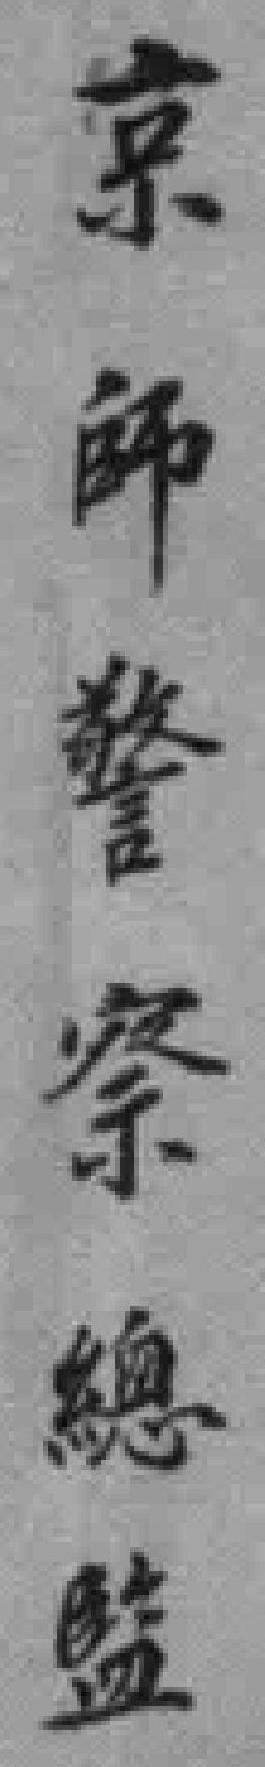
京師警察總監